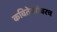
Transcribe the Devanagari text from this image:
कवितेबरोबरच